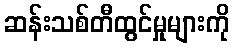
ဆန်းသစ်တီထွင်မှုများကို